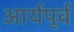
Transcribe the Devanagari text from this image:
आर्यपूर्व